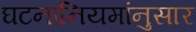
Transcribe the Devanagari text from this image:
घटनानियमांनुसार